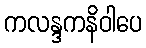
ကလန္ဒကနိဝါပေ